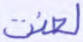
لعنت